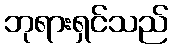
ဘုရားရှင်သည်